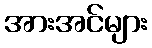
အားအင်များ